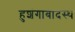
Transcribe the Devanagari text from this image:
हुशंगाबादस्थ